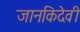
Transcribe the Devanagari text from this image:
जानकिदेवी